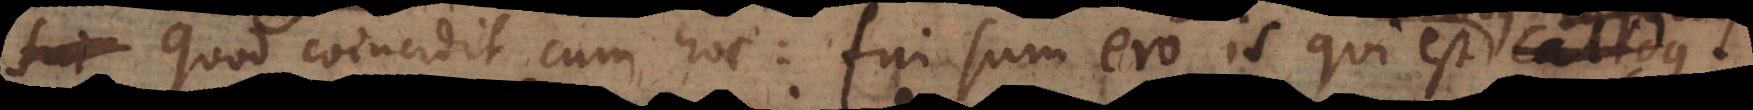
o. Quod coincidit cum hoc: fui, sum, ero is qui est calidus